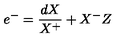
e ^ { - } = \frac { d X } { X ^ { + } } + X ^ { - } Z